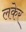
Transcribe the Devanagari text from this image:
लकेर